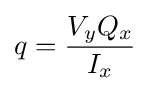
q={\frac {V_{y}Q_{x}}{I_{x}}}